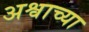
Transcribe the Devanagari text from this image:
अश्वाच्या